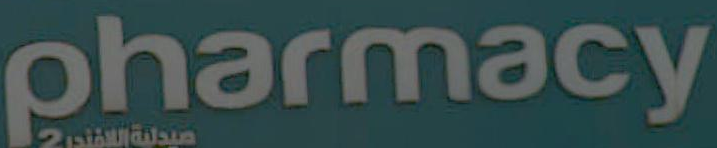
pharmacy